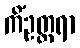
ကိံဥတ္တရာ